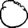
Digit: 0